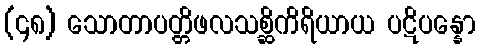
(၄၈) သောတာပတ္တိဖလသစ္ဆိကိရိယာယ ပဋိပန္နော